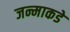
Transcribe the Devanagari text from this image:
जन्माकडे